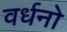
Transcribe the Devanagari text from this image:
वर्धनो